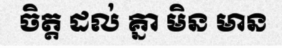
ចិត្ត ដល់ គ្នា មិន មាន